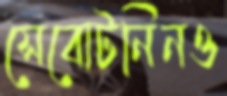
সেবোটনিনও